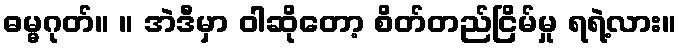
ဓမ္မဂုတ်။ ။ အဲဒီမှာ ဝါဆိုတော့ စိတ်တည်ငြိမ်မှု ရရဲ့လား။